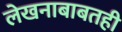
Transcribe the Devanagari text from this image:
लेखनाबाबतही